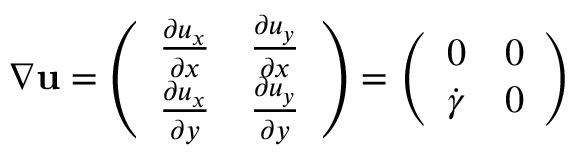
\nabla \mathbf { { u } } = \left( \begin{array} { l l } { \frac { \partial u _ { x } } { \partial x } } & { \frac { \partial u _ { y } } { \partial x } } \\ { \frac { \partial u _ { x } } { \partial y } } & { \frac { \partial u _ { y } } { \partial y } } \end{array} \right) = \left( \begin{array} { l l } { 0 } & { 0 } \\ { \dot { \gamma } } & { 0 } \end{array} \right)